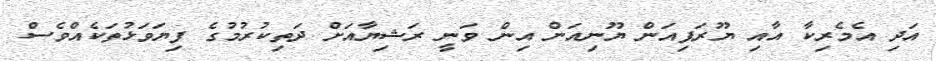
އަދި އެމެރިކާ އާއި ޔޫރަޕިއަން ޔޫނިއަން އިން ވަނީ ރަޝިޔާއަށް ދަތިކުރުމުގެ ފިޔަވަޅުތަކެެއްވެސް